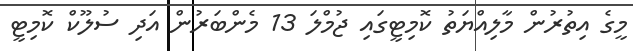
މީގެ އިތުރުން މާލިއްޔަތު ކޮމިޓީގައި ޖުމްލަ 13 މެންބަރުން އަދި ސުލޫކް ކޮމިޓީ